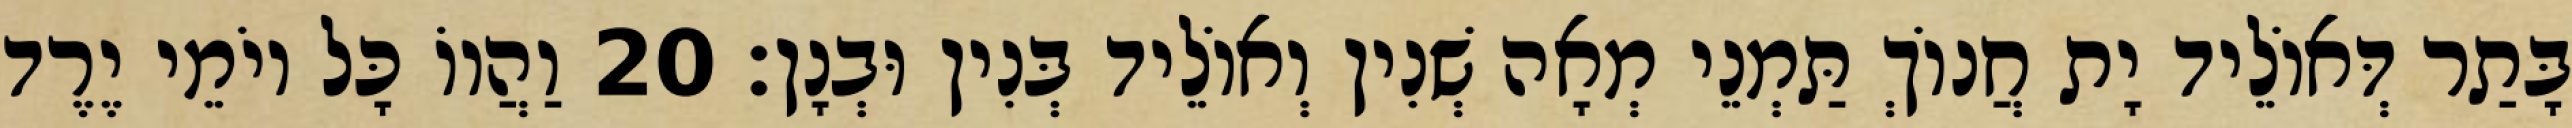
בָּתַר דְּאוֹלֵיד יָת חֲנוֹךְ תַּמְנֵי מְאָה שְׁנִין וְאוֹלֵיד בְּנִין וּבְנָן׃ 20 וַהֲווֹ כָּל יוֹמֵי יֶרֶד